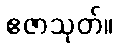
ဧဇာသုတ်။